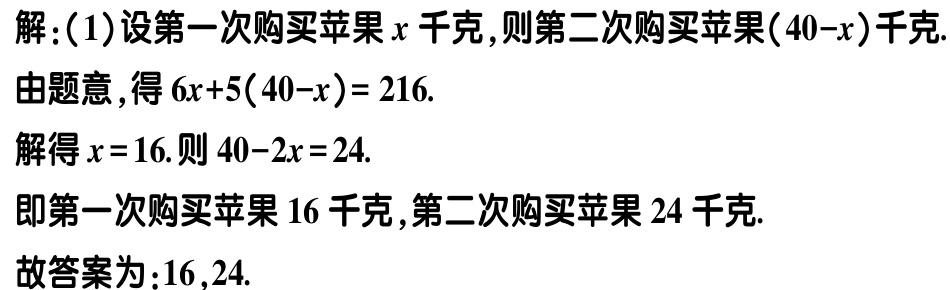
解：(1)设第一次购买苹果\(x\)千克,则第二次购买苹果\((40 - x)\)千克.

由题意，得\(6x + 5(40 - x)= 216\).

解得\(x = 16\).则\(40 - x = 24\).

即第一次购买苹果\(16\)千克,第二次购买苹果\(24\)千克.

故答案为：\(16,24\).